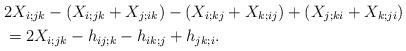
LaTeX: \begin{align*}&2 X_{i;jk} - (X_{i;jk} + X_{j;ik} ) - (X_{i;kj} + X_{k;ij} )+ (X_{j;ki} + X_{k;ji}) \\&=2X_{i;jk} - h_{ij;k} - h_{ik;j} + h_{jk;i}.\end{align*}